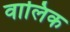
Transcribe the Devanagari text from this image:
वालिक